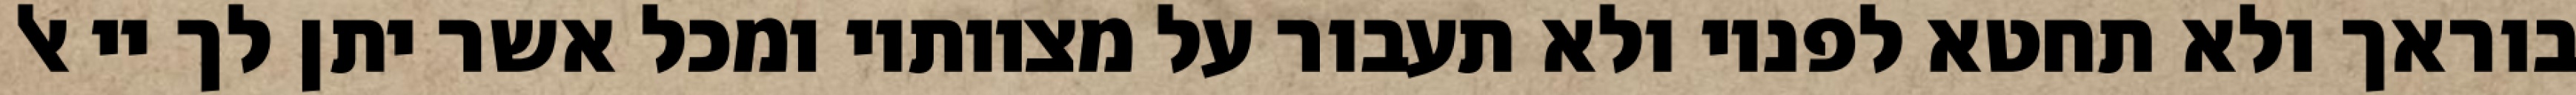
בוראך ולא תחטא לפניו ולא תעבור על מצוותיו ומכל אשר יתן לך יי אל